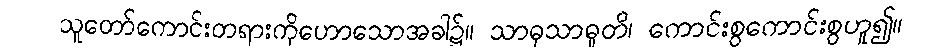
သူတော်ကောင်းတရားကိုဟောသောအခါ၌။ သာဓုသာဓူတိ၊ ကောင်းစွကောင်းစွဟူ၍။